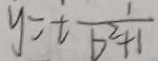
y = t \frac { 1 } { b ^ { 2 } + 1 }